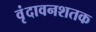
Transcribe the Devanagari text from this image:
वृंदावनशतक